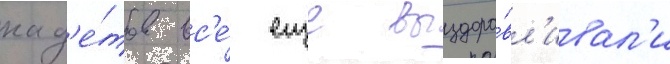
кад'е́тов вс'е́ еще выздора́вл'ивал'и